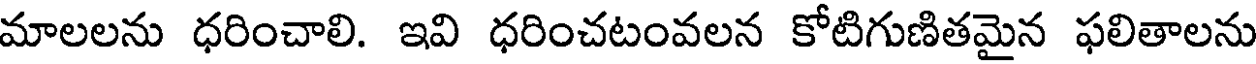
మాలలను ధరించాలి. ఇవి ధరించటంవలన కోటిగుణితమైన ఫలితాలను